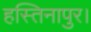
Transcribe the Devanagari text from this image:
हस्तिनापुर।